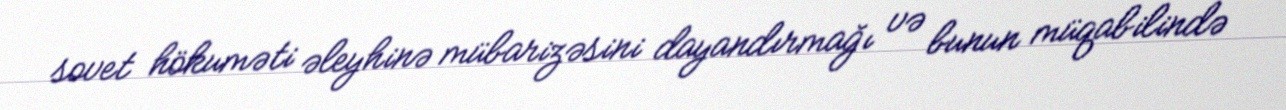
sovet hökuməti əleyhinə mübarizəsini dayandırmağı və bunun müqabilində